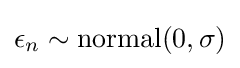
\epsilon _{n}\sim {\text{normal}}(0,\sigma )